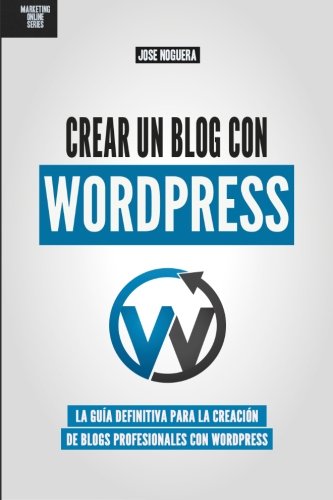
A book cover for Crear un blog con WordPress: La guÃ­a definitiva para la creaciÃ³n de webs profesionales con Wordpress (Marketing Online ) (Volume 2) (Spanish Edition); Jose Noguera; Computers & Technology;